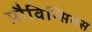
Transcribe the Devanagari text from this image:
प्रौविन्सियस